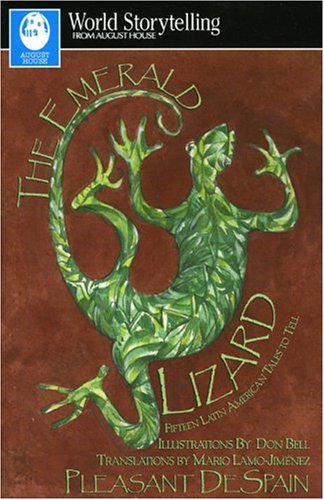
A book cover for Emerald Lizard (World Storytelling); DeSpain; Children's Books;